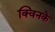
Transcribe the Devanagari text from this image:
क्विनके